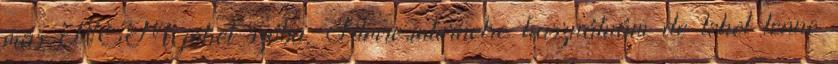
más NEM jöhet szóba. Filmre,internetre használnám de lehet lenne